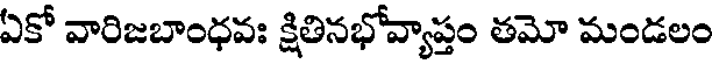
ఏకో వారిజబాంధవః క్షితినభోవ్యాప్తం తమో మండలం